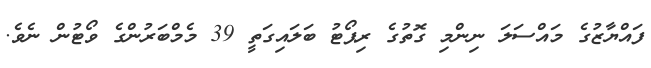
ފައްޔާޒުގެ މައްސަލަ ނިންމި ގޮތުގެ ރިޕޯޓު ބަލައިގަތީ 39 މެމްބަރުންގެ ވޯޓުން ނެވެ.